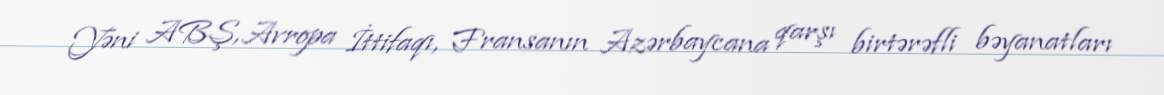
Yəni ABŞ, Avropa İttifaqı, Fransanın Azərbaycana qarşı birtərəfli bəyanatları